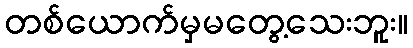
တစ်ယောက်မှမတွေ့သေးဘူး။